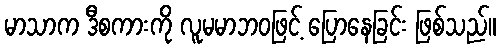
မာသာက ဒီစကားကို လူမမာဘဝဖြင့် ပြောနေခြင်း ဖြစ်သည်။